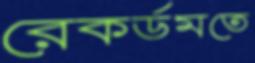
রেকর্ডমতে